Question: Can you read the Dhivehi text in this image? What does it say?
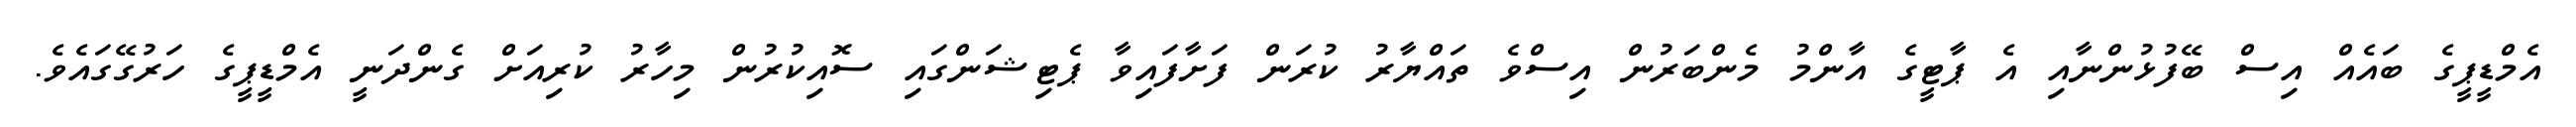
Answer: އެމްޑީޕީގެ ބައެއް އިސް ބޭފުޅުންނާއި އެ ޕާޓީގެ އާންމު މެންބަރުން އިސްވެ ތައްޔާރު ކުރަން ފަށާފައިވާ ޕެޓިޝަންގައި ސޮއިކުރުން މިހާރު ކުރިއަށް ގެންދަނީ އެމްޑީޕީގެ ހަރުގޭގައެވެ.